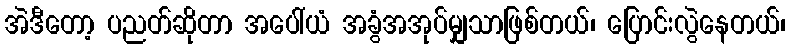
အဲဒီတော့ ပညတ်ဆိုတာ အပေါ်ယံ အခွံအအုပ်မျှသာဖြစ်တယ်၊ ပြောင်းလွဲနေတယ်၊